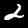
Digit: 2